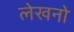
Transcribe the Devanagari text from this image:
लेखनो